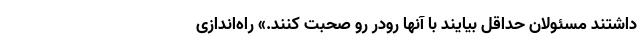
داشتند مسئولان حداقل بیایند با آنها رودر رو صحبت کنند.» راه‌اندازی